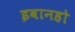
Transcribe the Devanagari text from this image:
इवानहो